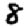
Digit: 8